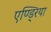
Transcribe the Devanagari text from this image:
एण्ड्रिया